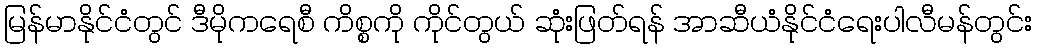
မြန်မာနိုင်ငံတွင် ဒီမိုကရေစီ ကိစ္စကို ကိုင်တွယ် ဆုံးဖြတ်ရန် အာဆီယံနိုင်ငံရေးပါလီမန်တွင်း